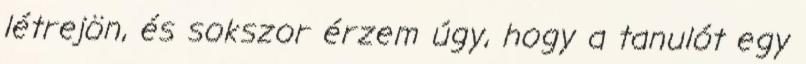
létrejön, és sokszor érzem úgy, hogy a tanulót egy